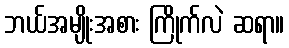
ဘယ်အမျိုးအစား ကြိုက်လဲ ဆရာ။